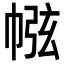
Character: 㡉